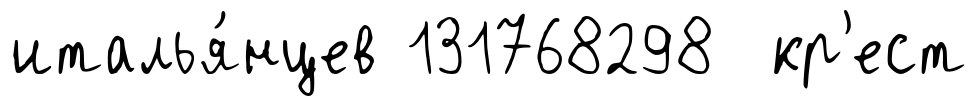
италья́нцев 131768298 кр'ест